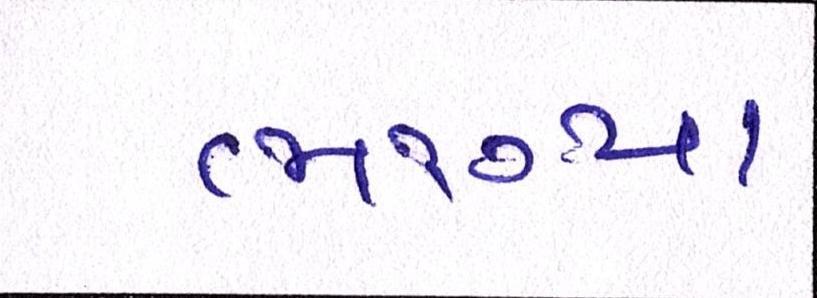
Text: ભાગ્યા